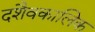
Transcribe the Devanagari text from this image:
दशैवकालिक